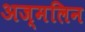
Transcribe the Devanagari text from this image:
अज्मलिन